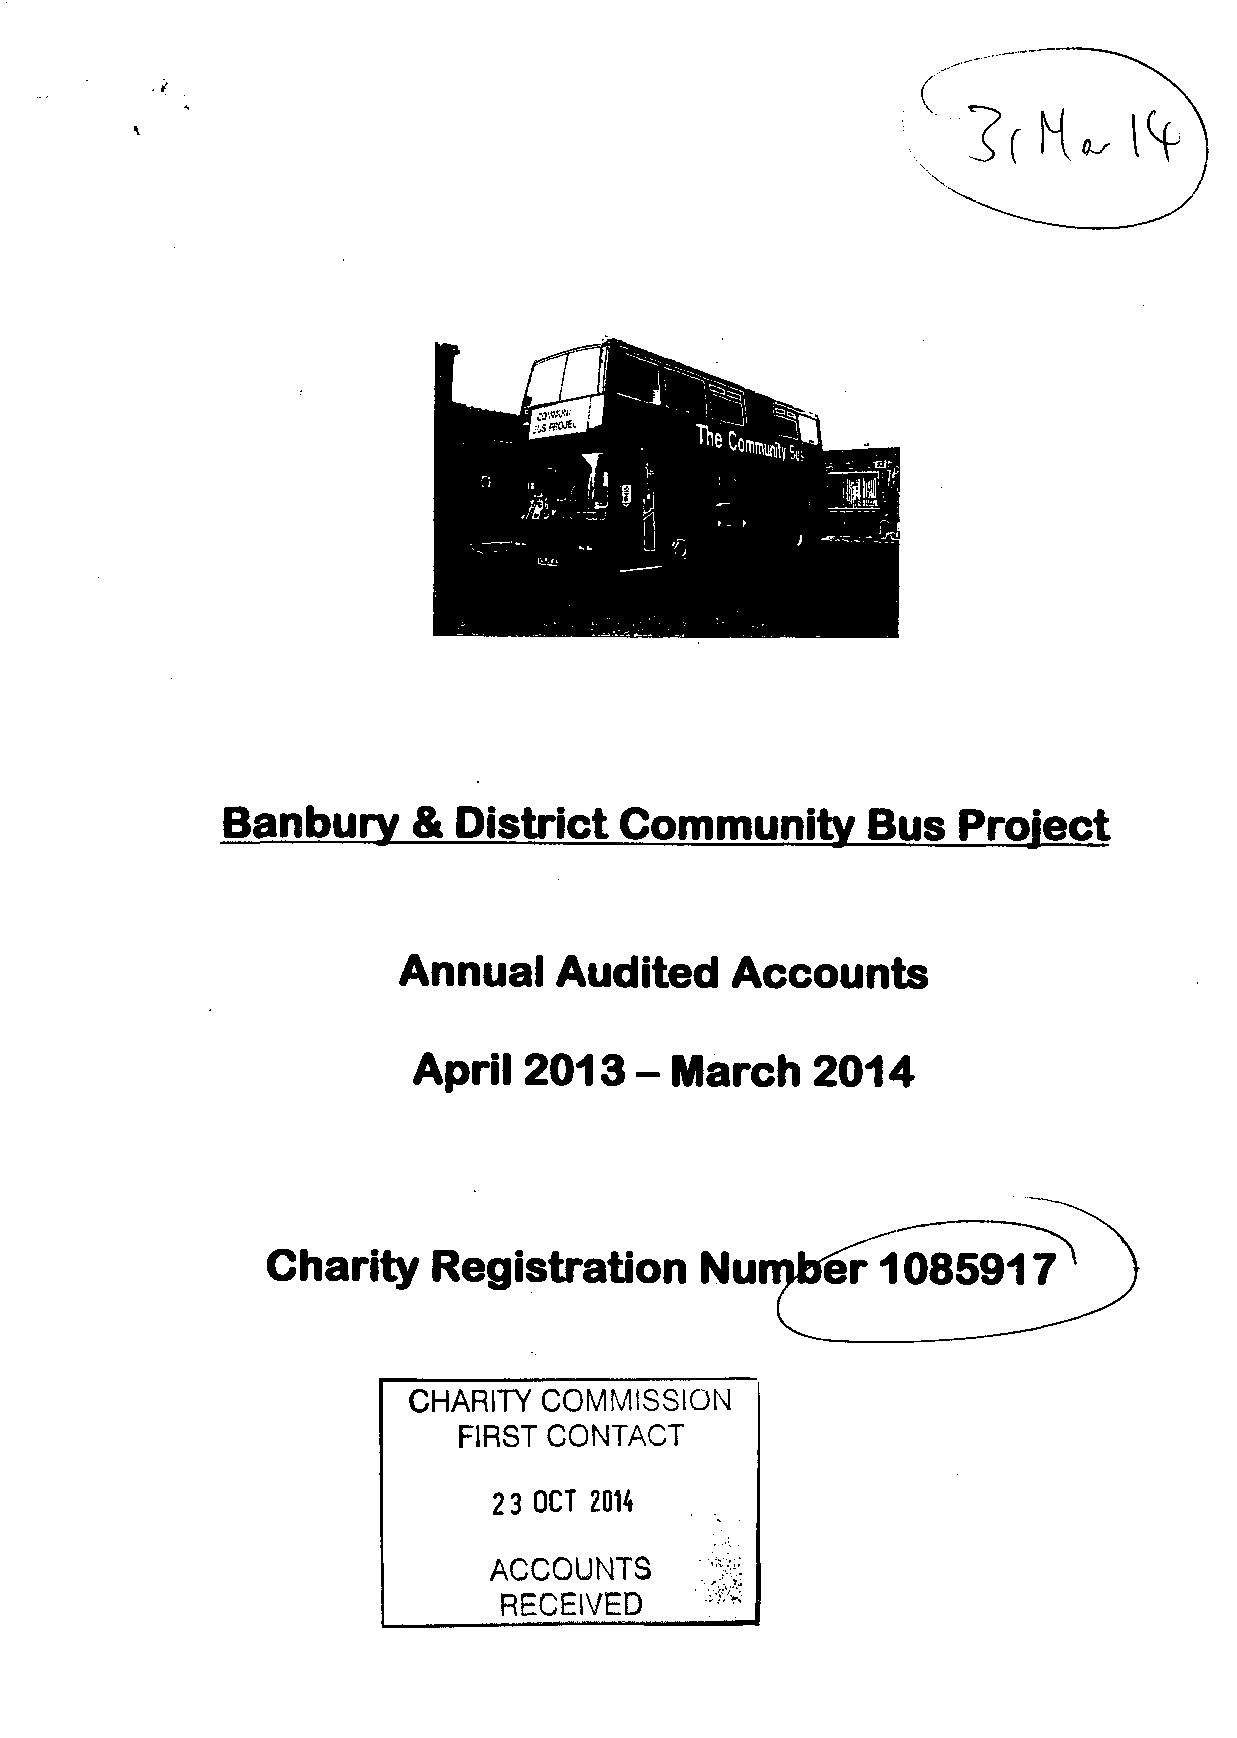
2(K
 Banbury     &  District   Community        Bus  Project
 Annual     Audited     Accounts
 April   2013-March         2014
 Charity    Registration     Nu
 CHARITY  COMMISSION
 FIRST CONTACT
 23 OCT 20H
 ACCOUNTS
 RECEIVED      -: